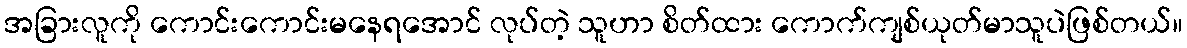
အခြားလူကို ကောင်းကောင်းမနေရအောင် လုပ်တဲ့ သူဟာ စိတ်ထား ကောက်ကျစ်ယုတ်မာသူပဲဖြစ်တယ်။